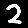
Digit: 2